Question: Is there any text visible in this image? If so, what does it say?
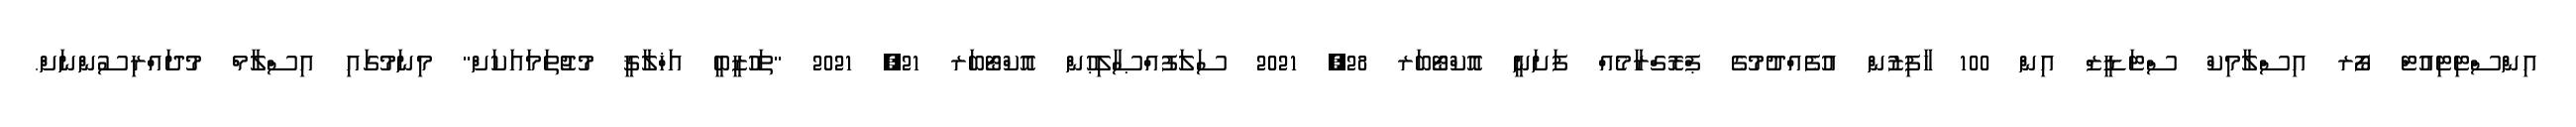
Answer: އިންސްޓިޓިއުޓް ފޯރ އިސްލާމިކް ސްޓަޑީޒް އިން 100 ހާފިޒުން އުފެއްދުމުގެ ޕްރޮގްރާމެއް ފަށަނީ އޮކްޓޯބަރ 28, 2021 ސަލަފުއްޞާލިޙުން އޮކްޓޯބަރ 21, 2021 "ތަހުޒީބީ އަޚްލާޤީ މުޖުތަމައަކަށް" މިނަމުގައި އިސްލާމް މުދައްރިސުންނަށް.